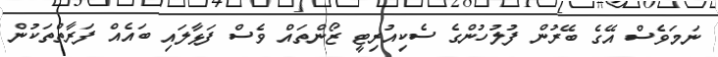
ނަމަވެސް އޭގެ ބޭރުން ފުލުހުންގެ ސެކިއުރިޓީ ޒޯންތައް ވެސް ފަޅާލައި ބައެއް ފަރާތްތަކުން